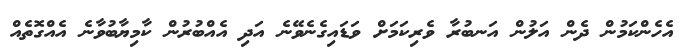
އެހެންކަމުން ދެން އަލުން އަނބުރާ ވެރިކަމަށް ވަޑައިގެނެވޭނެ އަދި އެއްބުރުން ކާމިޔާބުވާނެ އެއްގޮތެއް